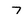
Character: 7